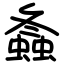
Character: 螽